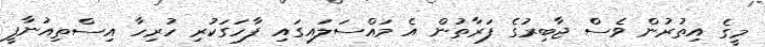
މީގެ އިތުރުން ވެސް ޖާބިރުގެ ފަރާތުން އެ މައްސަލައިގައި ފާހަގަކުރި ހުރިހާ އިސްތިއުނާފީ